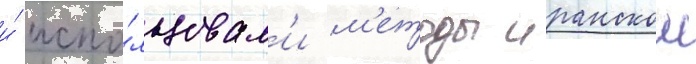
и́ испо́льзовал'и м'етоды иранскои